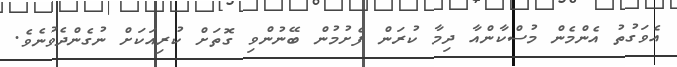
އެވަގުތު އެންމެން މުސްކާންއާ ދިމާ ކުރަން ފެށުމުން ބޭނުންވި ގޮތަށް ކުރިއަކަށް ނުގެންދެވުނެވެ.